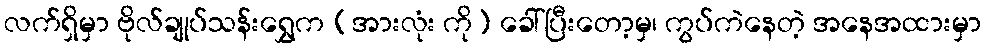
လက်ရှိမှာ ဗိုလ်ချုပ်သန်းရွှေက (အားလုံး ကို) ခေါ်ပြီးတော့မှ၊ ကွပ်ကဲနေတဲ့ အနေအထားမှာ